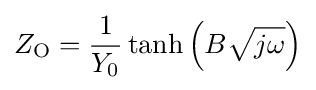
{Z_{\mathrm {O} }}={\frac {1}{Y_{0}}}\tanh \left(B{\sqrt {j\omega }}\right)